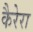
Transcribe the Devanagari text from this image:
कैरेरा